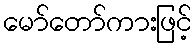
မော်တော်ကားဖြင့်